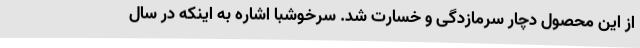
از این محصول دچار سرمازدگی و خسارت شد. سرخوشبا اشاره به اینکه در سال